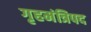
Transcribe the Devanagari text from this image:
गृहमंत्रिपद